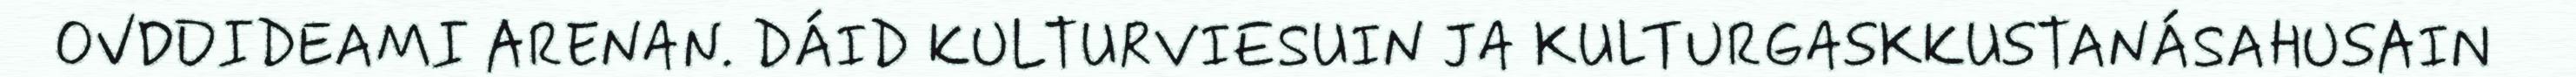
OVDDIDEAMI ARENAN. DÁID KULTURVIESUIN JA KULTURGASKKUSTANÁSAHUSAIN